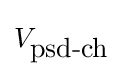
V_{\mbox{psd-ch}}